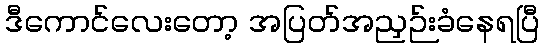
ဒီကောင်လေးတော့ အပြတ်အညှဉ်းခံနေရပြီ